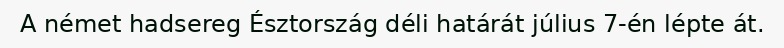
A német hadsereg Észtország déli határát július 7-én lépte át.